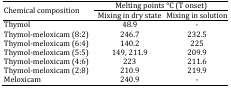
<table><thead><tr><td rowspan="2"><b>Chemical composition</b></td><td colspan="2"><b>Melting points °C (T onset)</b></td></tr><tr><td><b>Mixing in dry state</b></td><td><b>Mixing in solution</b></td></tr></thead><tbody><tr><td>Thymol</td><td>48.9</td><td>-</td></tr><tr><td>Thymol-meloxicam (8:2)</td><td>246.7</td><td>232.5</td></tr><tr><td>Thymol-meloxicam (6:4)</td><td>140.2</td><td>225</td></tr><tr><td>Thymol-meloxicam (5:5)</td><td>149, 211.9</td><td>209.9</td></tr><tr><td>Thymol-meloxicam (4:6)</td><td>223</td><td>211.6</td></tr><tr><td>Thymol-meloxicam (2:8)</td><td>210.9</td><td>219.9</td></tr><tr><td>Meloxicam </td><td>240.9</td><td>-</td></tr></tbody></table>